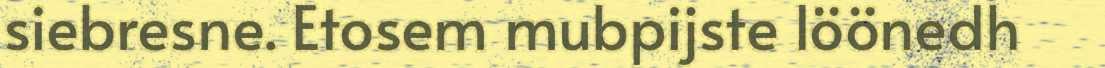
siebresne. Etosem mubpijste löönedh